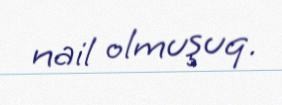
nail olmuşuq.